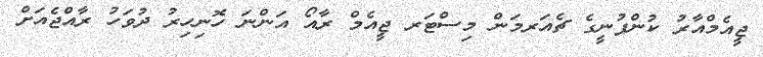
ޖީއެމްއާރު ކުންފުނީގެ ޗެއަރމަން މިސްޓަރ ޖީއެމް ރާއޯ އަންނަ ހޮނިހިރު ދުވަހު ރާއްޖެއަށް